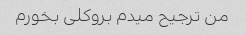
من ترجیح میدم بروکلی بخورم